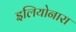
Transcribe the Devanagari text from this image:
इलियोनारा